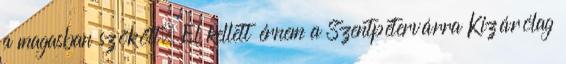
a magasban szökött. El kellett érnem a Szentpétervárra Kizárólag